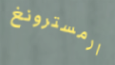
ارمسترونغ